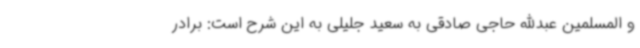
و المسلمین عبدالله حاجی صادقی به سعید جلیلی به این شرح است: برادر